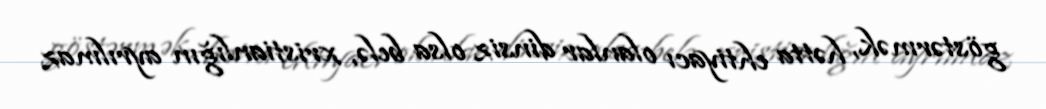
göstərmək, hətta ehtiyacı olanlar dinsiz olsa belə, xristianlığın ayrılmaz